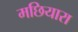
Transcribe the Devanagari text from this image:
मछियारा